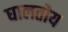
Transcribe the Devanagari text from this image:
घालतोय